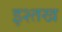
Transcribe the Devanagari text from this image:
इश्तख